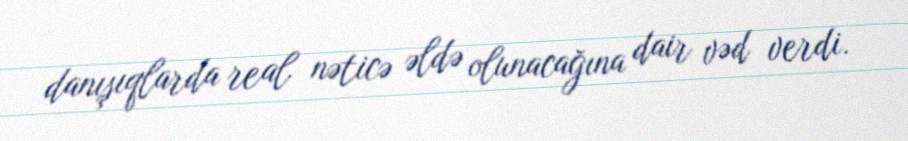
danışıqlarda real nəticə əldə olunacağına dair vəd verdi.